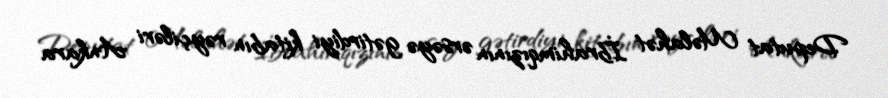
Deputat Məlahət İbrahimqızının ərsəyə gətirdiyi kitabın rəyçiləri Ankara